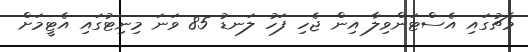
މެޗުގައި އެސްޓަންވިލާ އިން ޖެހި ފަހު ލަނޑު 85 ވަނަ މިނިޓުގައި އެޓީމަށް